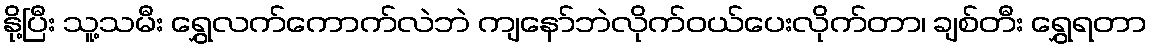
နို့ပြီး သူ့သမီး ရွှေလက်ကောက်လဲဘဲ ကျနော်ဘဲလိုက်ဝယ်ပေးလိုက်တာ၊ ချစ်တီး ရွှေရတာ